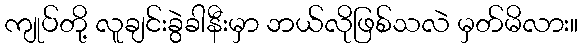
ကျုပ်တို့ လူချင်းခွဲခါနီးမှာ ဘယ်လိုဖြစ်သလဲ မှတ်မိလား။